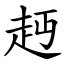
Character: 䞛